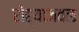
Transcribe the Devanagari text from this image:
रोह्याजवळ